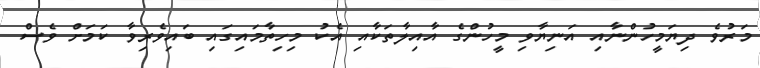
މަރުވެ ދިޔަމީހުންނާއި އަނިޔާވި މީހުންގެ އާއިލާތަކާއި އެކު މިހިތާމައިގައި ބައިވެރިވާ ކަމަށް ވެސް